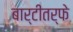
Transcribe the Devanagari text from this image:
बार्टीतर्फे